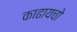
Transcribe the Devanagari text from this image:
काढायचो